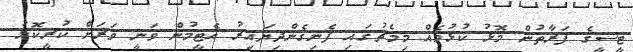
ޓީސީގެ ފަރާތުން މޮޅު ކުޅުމެއް މިމެޗުގައި ފެނިގެންދިޔައިރު އެޓީމުން ވަނީ ވަރަށް ކުރީކޮޅު